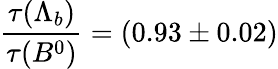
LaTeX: \frac{\tau(\Lambda_{b})}{\tau(B^{0})}=(0.93\pm 0.02)